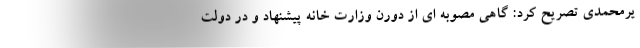
یرمحمدی تصریح کرد: گاهی مصوبه ای از دورن وزارت خانه پیشنهاد و در دولت